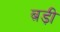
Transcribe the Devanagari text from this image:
ब़ड़ी